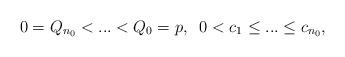
LaTeX: \begin{align*}0=Q_{n_0}<...<Q_0=p,\;\; 0<c_1\leq ... \leq c_{n_0},\end{align*}